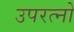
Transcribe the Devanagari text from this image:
उपरत्नो